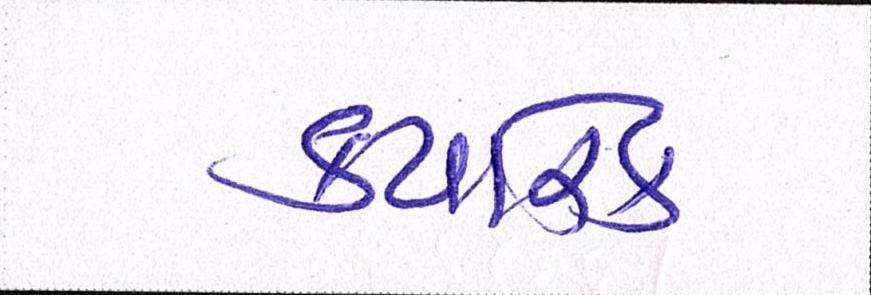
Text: ક્યારેક